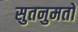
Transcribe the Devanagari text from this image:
सुतनुमतो